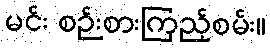
မင်း စဉ်းစားကြည့်စမ်း။